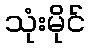
သုံးမိုင်